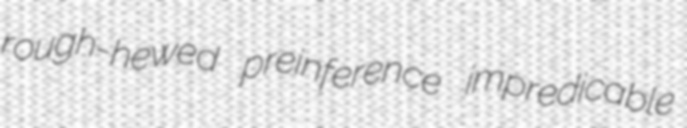
rough-hewed preinference impredicable